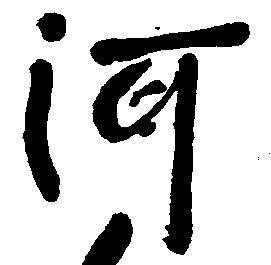
河